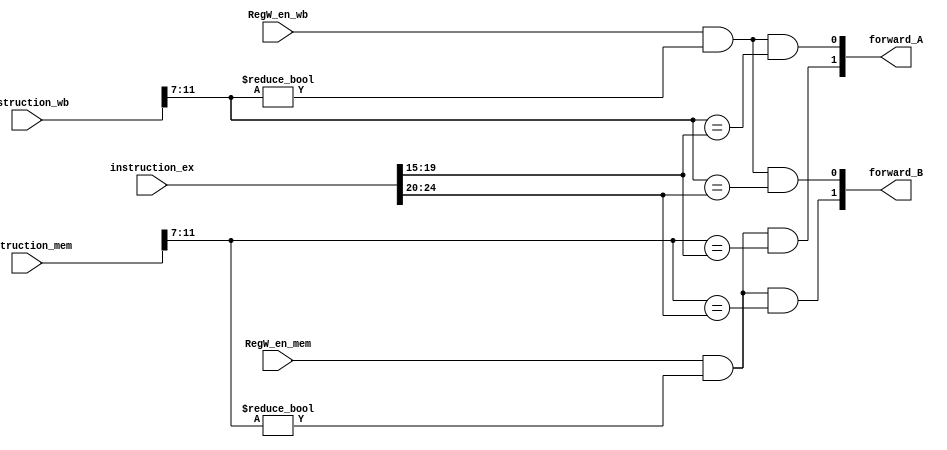
module Forwarding_unit#(parameter WIDTH=32)
(
    input [WIDTH-1:0] instruction_ex,instruction_mem,instruction_wb,
    input RegW_en_mem,RegW_en_wb,
    output [1:0] forward_A,forward_B
);
wire [4:0] RD_mem,RD_wb;
wire [4:0] RS1_ex;
wire [4:0] RS2_ex;

assign RS1_ex = instruction_ex[19:15];
assign RS2_ex = instruction_ex[24:20];

assign RD_mem = instruction_mem[11:7];
assign RD_wb = instruction_wb[11:7];

assign forward_A[0] = RegW_en_wb && (RD_wb != 5'h0) && (RD_wb==RS1_ex);
assign forward_A[1] = RegW_en_mem && (RD_mem!=5'h0) && (RD_mem == RS1_ex);

assign forward_B[0] = RegW_en_wb && (RD_wb!=5'h0) && (RD_wb == RS2_ex);
assign forward_B[1] = RegW_en_mem && (RD_mem!=5'h0) && (RD_mem == RS2_ex);

endmodule

/*
always @*
begin
    //For execute stage hazard
    if(RegW_en_mem && (RD_mem!=5'h0) && (RD_mem == RS1_ex) )
        forward_A = 2'b10;
    else if (RegW_en_mem && (RD_mem!=5'h0) && (RD_mem == RS2_ex))
        forward_B = 2'b10;
    else begin
        forward_A = 2'b00;
        forward_B = 2'b00;
    end

    //For memory stage hazard
    if( RegW_en_wb && (RD_wb!=5'h0) && (RD_wb == RS1_ex))
        forward_A = 2'b01;
    else if (RegW_en_wb && (RD_wb!=5'h0) && (RD_wb == RS2_ex))
        forward_B = 2'b01;
    else begin
        forward_A = 2'b00;
        forward_B = 2'b00;
    end    
end
*/